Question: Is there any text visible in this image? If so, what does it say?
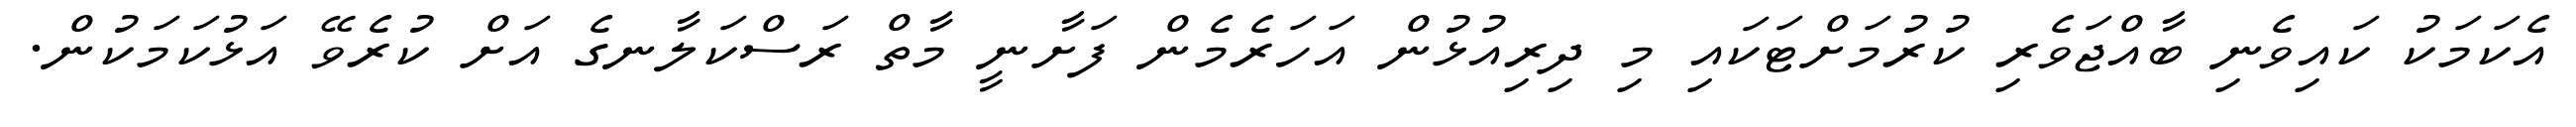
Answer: އެކަމަކު ކައިވެނި ބާއްޖަވެރި ކުރުމަށްޓަކައި މި ދިރިއުޅުން އަހަރެމެން ފަށާނީ މާތް ރަސްކަލާނގެ އަށް ކުރެވޭ އަޅުކަމަކުން.